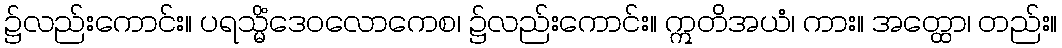
၌လည်းကောင်း။ ပရသ္မိံဒေဝလောကေစ၊ ၌လည်းကောင်း။ ဣတိအယံ၊ ကား။ အတ္ထော၊ တည်း။